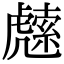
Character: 䖛